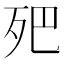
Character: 𣧜